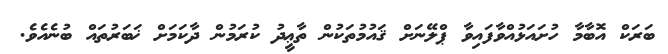
ބަރަކް އޮބާމާ ހުށައަޅުއްވާފައިވާ ޕްލޭނަށް ޤައުމުތަކުން ތާޢީދު ކުރަމުން ދާކަމަށް ޚަބަރުތައް ބުނެއެވެ.